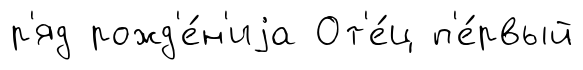
р'яд рожд'е́н'иjа От'е́ц п'е́рвый